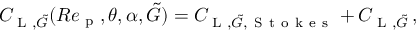
\begin{array} { r } { C _ { \textup { L } , \tilde { G } } ( R e _ { \textup { p } } , \theta , \alpha , \tilde { G } ) = C _ { \textup { L } , \tilde { G } , \mathrm { ~ S ~ t ~ o ~ k ~ e ~ s ~ } } + C _ { \textup { L } , \tilde { G } } \, , } \end{array}